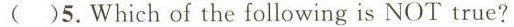
( )5.Which of the following is NOT true?